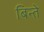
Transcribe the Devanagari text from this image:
बिन्ते